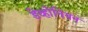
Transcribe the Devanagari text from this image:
डेव्होनियन